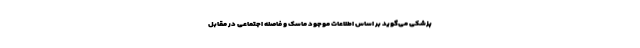
پزشکی می‌گوید بر اساس اطلاعات موجود ماسک و فاصله اجتماعی در مقابل